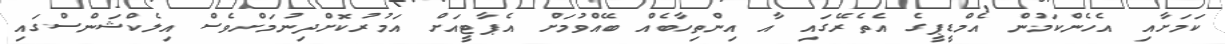
ކަމަށާއި އެހެންކަމުން އެމްޑީޕީގެ އެތެރޭގައި އާ އިންތިހާބެއް ބޭއްވުމަށް އެޕާޓީއަށް އަމުރުކޮށްދިނުމަށްވެސް އިލެކްޝަންސްގައި